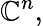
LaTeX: \mathbb{C}^{n},